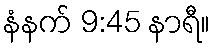
နံနက် 9:45 နာရီ။